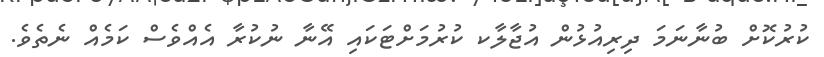
ކުރުކޮށް ބުނާނަމަ ދިރިއުޅުން އުޖާލާކ ކުރުމަށްޓަކައި އޭނާ ނުކުރާ އެއްވެސް ކަމެއް ނެތެވެ.